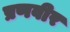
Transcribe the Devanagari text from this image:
प्रणवीर